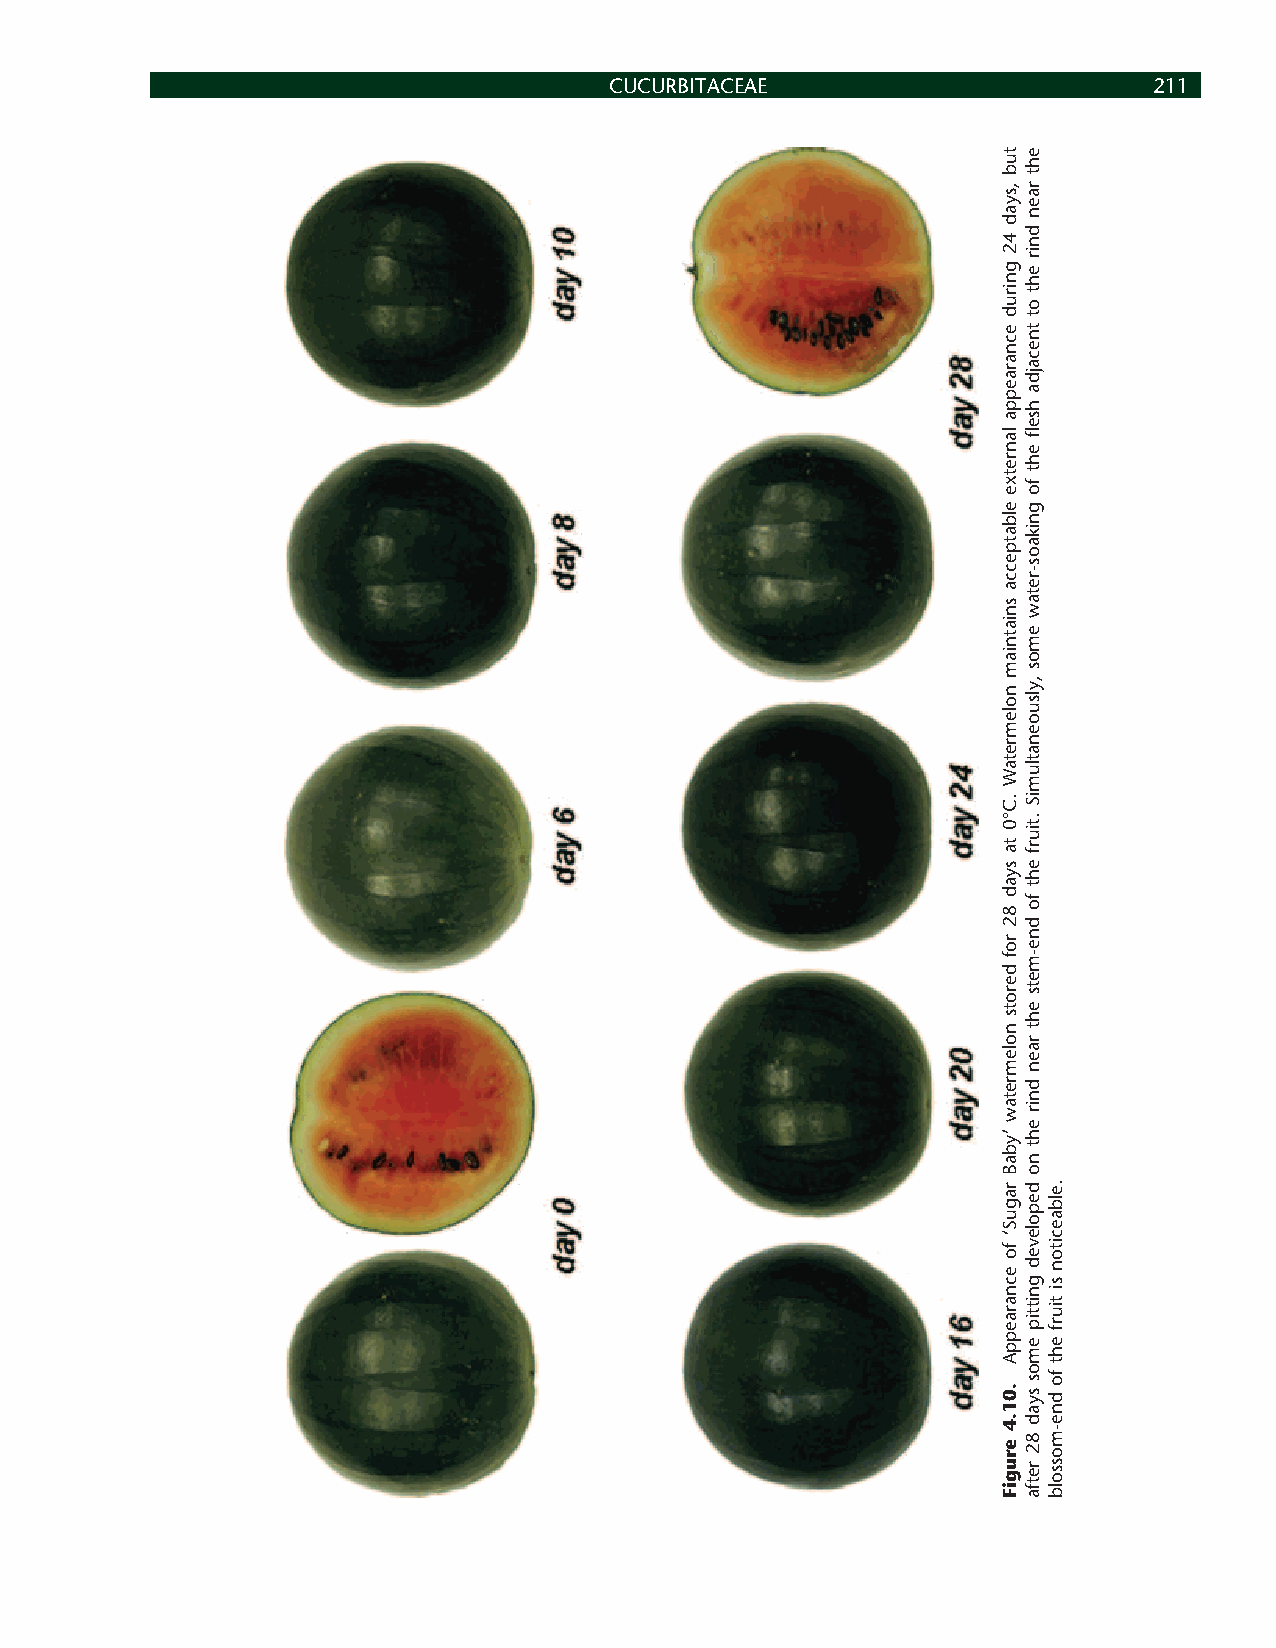
CUCURBITACEAE                       211
 tub
 ,syad
 42
 gnirud
 ecnaraeppa
 lanretxe
 elbatpecca
 sniatniam
 nolemretaW
 .C°0
 ta
 syad
 82
 rof
 derots
 nolemretaw
 ’ybaB
 raguS‘
 fo
 ecnaraeppA
 .01.4
 erugiF
 eht
 raen
 dnir
 eht
 ot
 tnecajda
 hse
 fl
 eht
 fo
 gnikaos-retaw
 emos
 ,ylsuoenatlumiS
 .tiurf
 eht
 fo
 dne-mets
 eht
 raen
 dnir
 eht
 no
 depoleved
 gnittip
 emos
 syad
 82
 retfa
 .elbaeciton
 si
 tiurf
 eht
 fo
 dne-mossolb